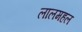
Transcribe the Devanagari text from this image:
लालमहल